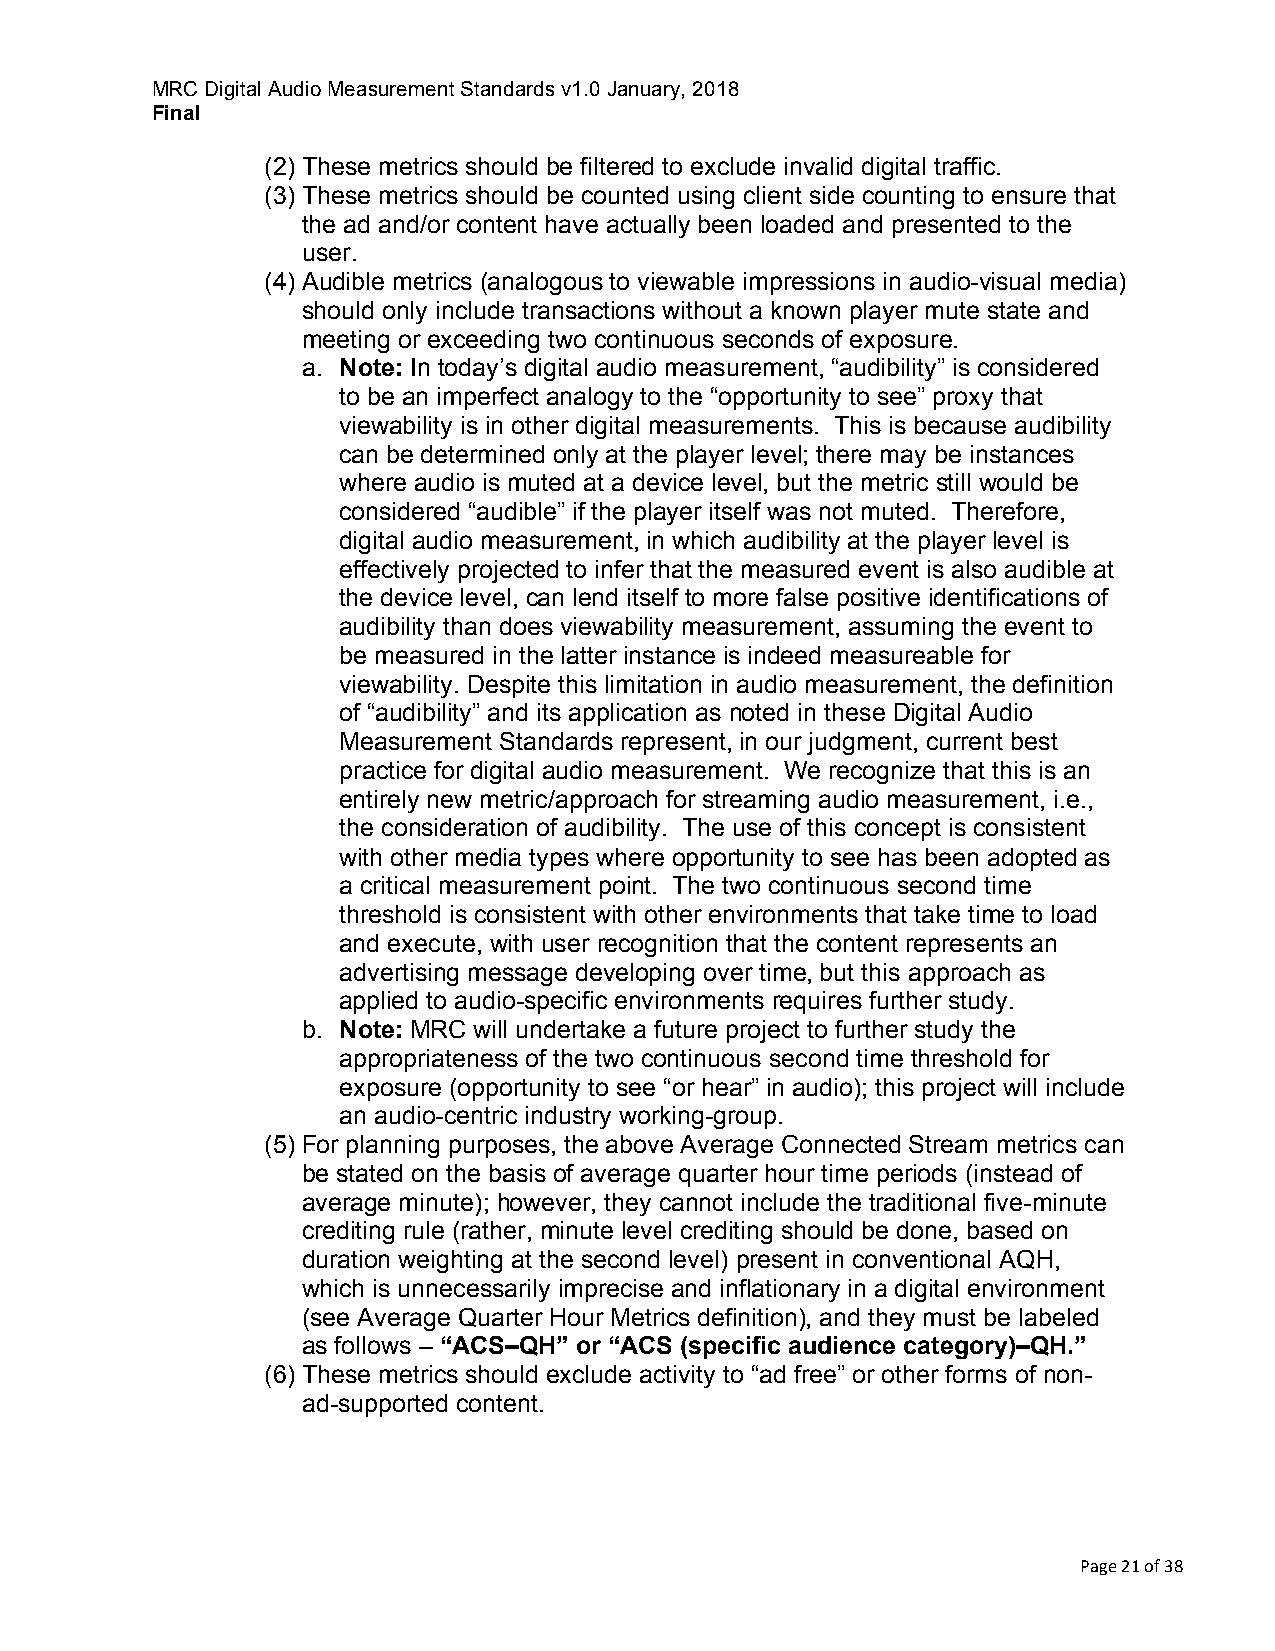
MRC Digital Audio Measurement Standards v1.0 January, 2018
 Final
 (2) These metrics should be filtered to exclude invalid digital traffic.
 (3) These metrics should be counted using client side counting to ensure that
 the ad and/or content have actually been loaded and presented to the
 user.
 (4) Audible metrics (analogous to viewable impressions in audio-visual media)
 should only include transactions without a known player mute state and
 meeting or exceeding two continuous seconds of exposure.
 a. Note: In today’s digital audio measurement, “audibility” is considered
 to be an imperfect analogy to the “opportunity to see” proxy that
 viewability is in other digital measurements. This is because audibility
 can be determined only at the player level; there may be instances
 where audio is muted at a device level, but the metric still would be
 considered “audible” if the player itself was not muted. Therefore,
 digital audio measurement, in which audibility at the player level is
 effectively projected to infer that the measured event is also audible at
 the device level, can lend itself to more false positive identifications of
 audibility than does viewability measurement, assuming the event to
 be measured in the latter instance is indeed measureable for
 viewability. Despite this limitation in audio measurement, the definition
 of “audibility” and its application as noted in these Digital Audio
 Measurement Standards represent, in our judgment, current best
 practice for digital audio measurement. We recognize that this is an
 entirely new metric/approach for streaming audio measurement, i.e.,
 the consideration of audibility. The use of this concept is consistent
 with other media types where opportunity to see has been adopted as
 a critical measurement point. The two continuous second time
 threshold is consistent with other environments that take time to load
 and execute, with user recognition that the content represents an
 advertising message developing over time, but this approach as
 applied to audio-specific environments requires further study.
 b. Note: MRC will undertake a future project to further study the
 appropriateness of the two continuous second time threshold for
 exposure (opportunity to see “or hear” in audio); this project will include
 an audio-centric industry working-group.
 (5) For planning purposes, the above Average Connected Stream metrics can
 be stated on the basis of average quarter hour time periods (instead of
 average minute); however, they cannot include the traditional five-minute
 crediting rule (rather, minute level crediting should be done, based on
 duration weighting at the second level) present in conventional AQH,
 which is unnecessarily imprecise and inflationary in a digital environment
 (see Average Quarter Hour Metrics definition), and they must be labeled
 as follows – “ACS–QH” or “ACS (specific audience category)–QH.”
 (6) These metrics should exclude activity to “ad free” or other forms of non-
 ad-supported content.
 Page 21 of 38